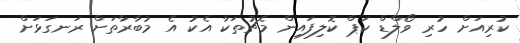
ކުރިއަށް ހުރި ވޯލްޑް ކަޕް ކޮލިފައިން މެޗުތަކާ އެކު އެ މުބާރާތަށް ރަނގަޅަށް